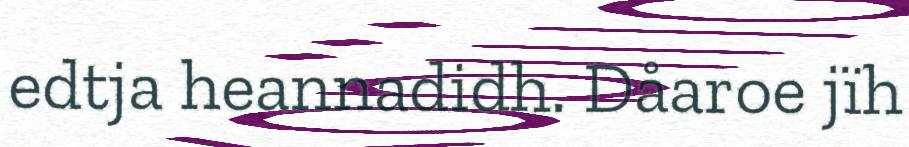
edtja heannadidh. Dåaroe jïh